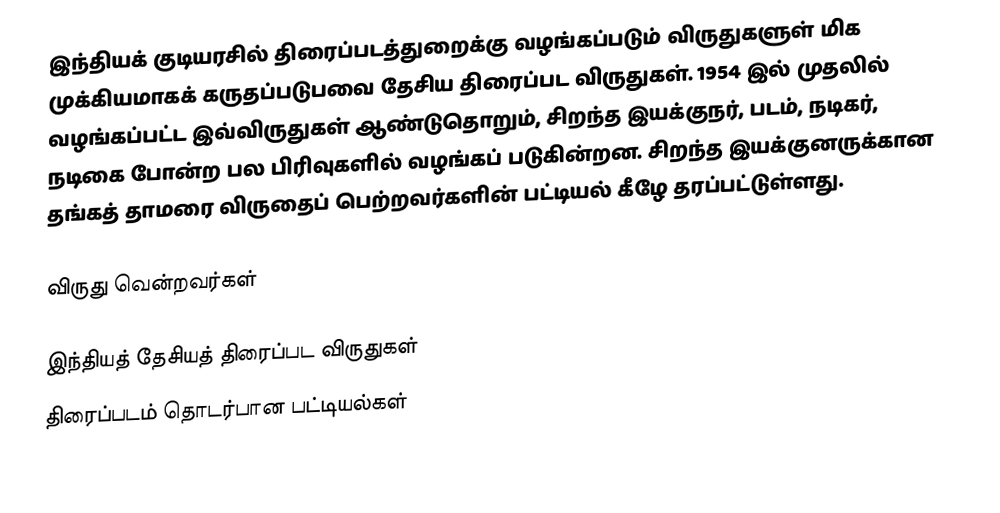
இந்தியக் குடியரசில் திரைப்படத்துறைக்கு வழங்கப்படும் விருதுகளுள் மிக முக்கியமாகக் கருதப்படுபவை தேசிய திரைப்பட விருதுகள். 1954 இல் முதலில் வழங்கப்பட்ட இவ்விருதுகள் ஆண்டுதொறும், சிறந்த இயக்குநர், படம், நடிகர், நடிகை போன்ற பல பிரிவுகளில் வழங்கப் படுகின்றன. சிறந்த இயக்குனருக்கான தங்கத் தாமரை விருதைப் பெற்றவர்களின் பட்டியல் கீழே தரப்பட்டுள்ளது.

விருது வென்றவர்கள்

இந்தியத் தேசியத் திரைப்பட விருதுகள்
திரைப்படம் தொடர்பான பட்டியல்கள்